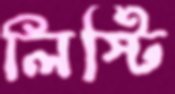
লিস্টি